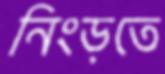
নিংড়তে